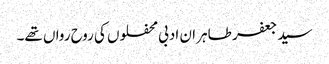
سید جعفر طاہر ان ادبی محفلوں کی روح رواں تھے۔